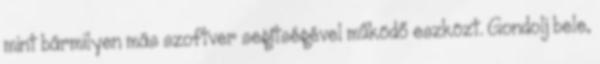
mint bármilyen más szoftver segítségével működő eszközt. Gondolj bele,